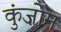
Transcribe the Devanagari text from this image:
कुंज़ोम